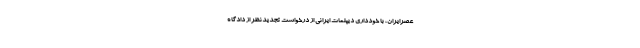
عصرایران، با خودداری دیپلمات ایرانی از درخواست تجدیدنظر از دادگاه